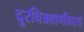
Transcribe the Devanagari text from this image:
दूरचित्रवाणीवरचे